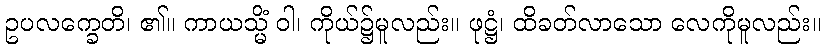
ဥပလက္ခေတိ၊ ၏။ ကာယသ္မိံ ဝါ၊ ကိုယ်၌မူလည်း။ ဖုဋ္ဌံ၊ ထိခတ်လာသော လေကိုမူလည်း။